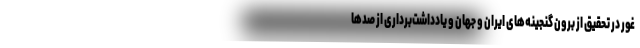
غور در تحقیق از برون گنجینه‌های ایران و جهان و یادداشت‌برداری از صدها